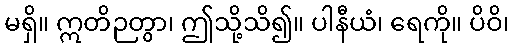
မရှိ။ ဣတိဉတွာ၊ ဤသို့သိ၍။ ပါနီယံ၊ ရေကို။ ပိဝိ၊